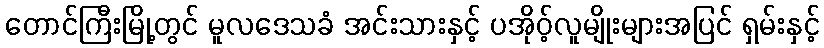
တောင်ကြီးမြို့တွင် မူလဒေသခံ အင်းသားနှင့် ပအိုဝ့်လူမျိုးများအပြင် ရှမ်းနှင့်